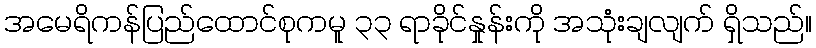
အမေရိကန်ပြည်ထောင်စုကမူ ၃၃ ရာခိုင်နှုန်းကို အသုံးချလျက် ရှိသည်။